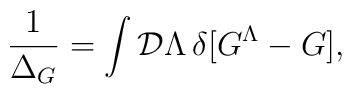
{1\over\Delta_G}=\int{\cal D}\Lambda\,\delta[G^{\Lambda}-G],